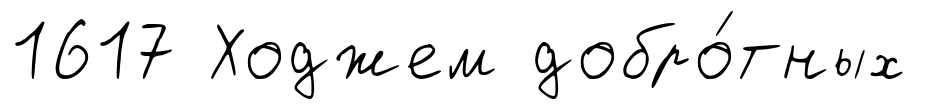
1617 Ходжем добро́тных